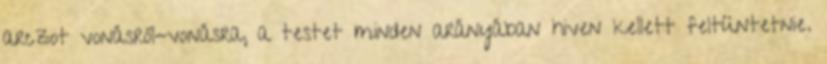
arczot vonásról-vonásra, a testet minden arányában hiven kellett feltüntetnie.